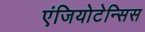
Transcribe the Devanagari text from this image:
एंजियोटेन्सिस